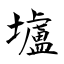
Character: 壚